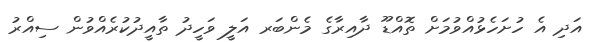
އަދި އެ ހުށަހެޅުއްވުމަށް ތޮއްޑޫ ދާއިރާގެ މެންބަރ އަލީ ވަހީދު ތާއީދުކުރެއްވުން ސިއްރު